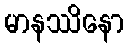
မာနဿိနော